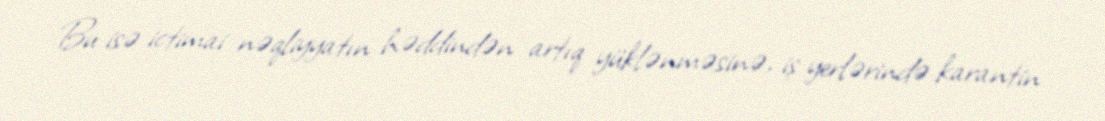
Bu isə ictimai nəqliyyatın həddindən artıq yüklənməsinə, iş yerlərində karantin